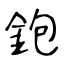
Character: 鉋